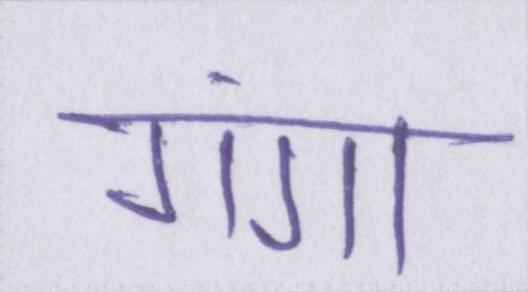
गंगा